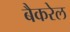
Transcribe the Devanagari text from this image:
बैकरेल